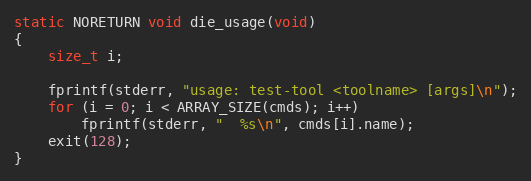
Language: C
static NORETURN void die_usage(void)
{
	size_t i;

	fprintf(stderr, "usage: test-tool <toolname> [args]\n");
	for (i = 0; i < ARRAY_SIZE(cmds); i++)
		fprintf(stderr, "  %s\n", cmds[i].name);
	exit(128);
}